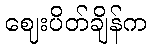
ဈေးပိတ်ချိန်က